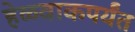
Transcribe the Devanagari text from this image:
हेळवाकपर्यंत